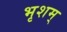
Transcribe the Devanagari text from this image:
भृशम्‌